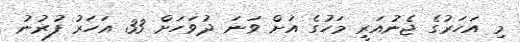
މި އަހަރުގެ ޖެނުއަރީ މަހުގެ އަށް ވަނަ ދުވަހަށް 33 އަހަރު ފުރުނު